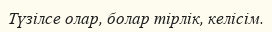
Түзілсе олар, болар тірлік, келісім.